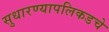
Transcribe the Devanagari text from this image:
सुधारण्यापलिकडचे